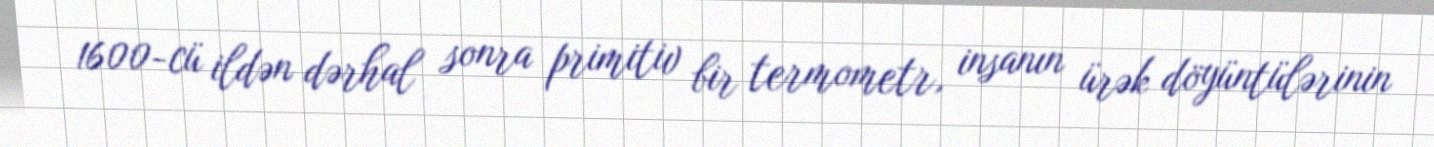
1600-cü ildən dərhal sonra primitiv bir termometr, insanın ürək döyüntülərinin